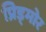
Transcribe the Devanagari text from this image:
प्रिड्मोर